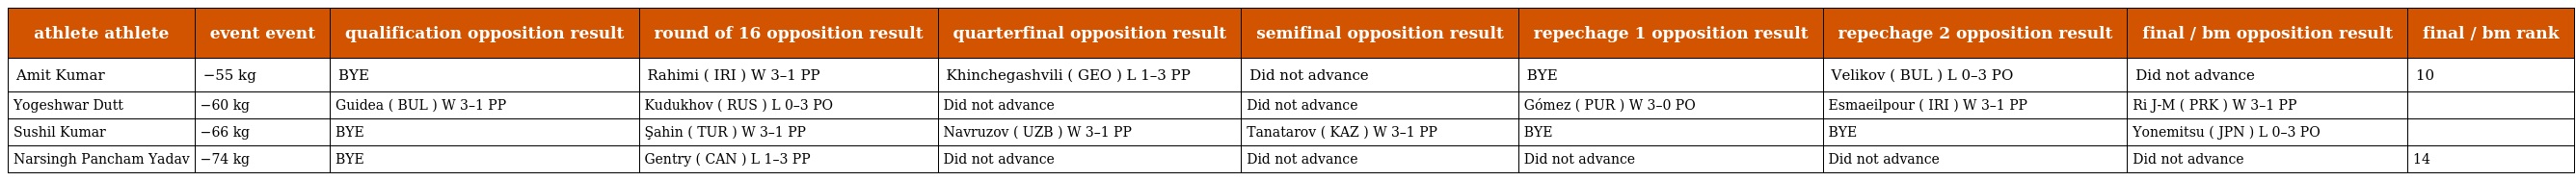
| athlete athlete | event event | qualification opposition result | round of 16 opposition result | quarterfinal opposition result | semifinal opposition result | repechage 1 opposition result | repechage 2 opposition result | final / bm opposition result | final / bm rank |
 | --- | --- | --- | --- | --- | --- | --- | --- | --- | --- |
 | Amit Kumar | −55 kg | BYE | Rahimi ( IRI ) W 3–1 PP | Khinchegashvili ( GEO ) L 1–3 PP | Did not advance | BYE | Velikov ( BUL ) L 0–3 PO | Did not advance | 10 |
 | Yogeshwar Dutt | −60 kg | Guidea ( BUL ) W 3–1 PP | Kudukhov ( RUS ) L 0–3 PO | Did not advance | Did not advance | Gómez ( PUR ) W 3–0 PO | Esmaeilpour ( IRI ) W 3–1 PP | Ri J-M ( PRK ) W 3–1 PP |  |
 | Sushil Kumar | −66 kg | BYE | Şahin ( TUR ) W 3–1 PP | Navruzov ( UZB ) W 3–1 PP | Tanatarov ( KAZ ) W 3–1 PP | BYE | BYE | Yonemitsu ( JPN ) L 0–3 PO |  |
 | Narsingh Pancham Yadav | −74 kg | BYE | Gentry ( CAN ) L 1–3 PP | Did not advance | Did not advance | Did not advance | Did not advance | Did not advance | 14 |